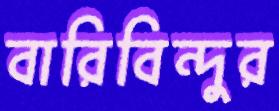
বারিবিন্দুর